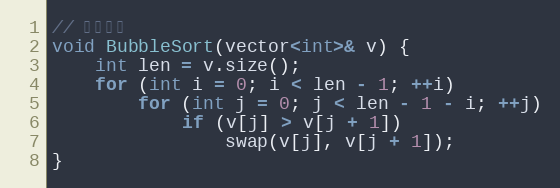
Language: C
// 冒泡排序
void BubbleSort(vector<int>& v) {
	int len = v.size();
	for (int i = 0; i < len - 1; ++i)
		for (int j = 0; j < len - 1 - i; ++j)
			if (v[j] > v[j + 1])
				swap(v[j], v[j + 1]);
}